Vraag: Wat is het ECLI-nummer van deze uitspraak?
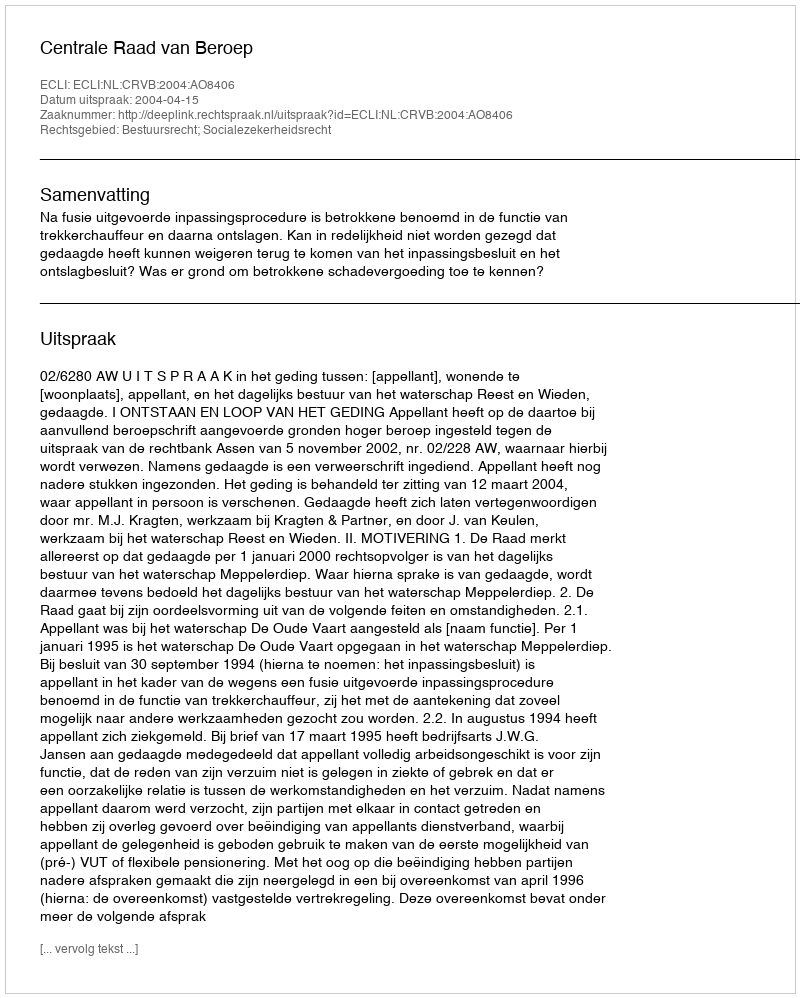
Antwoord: ECLI:NL:CRVB:2004:AO8406